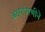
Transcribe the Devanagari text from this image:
अक्षरपेरणीने